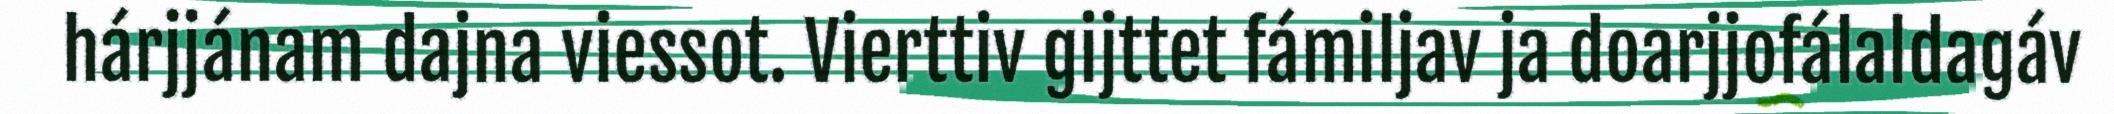
hárjjánam dajna viessot. Vierttiv gijttet fámiljav ja doarjjofálaldagáv